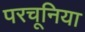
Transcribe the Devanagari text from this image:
परचूनिया